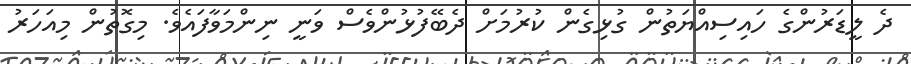
ދެ ލީޑަރުންގެ ހައިސިއްޔަތުން ގުޅިގެން ކުރުމަށް ދެބޭފުޅުންވެސް ވަނީ ނިންމަވާފައެވެ. މިގޮތުން މިއަހަރު